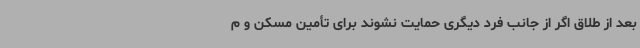
بعد از طلاق اگر از جانب فرد دیگری حمایت نشوند برای تأمین مسکن و م